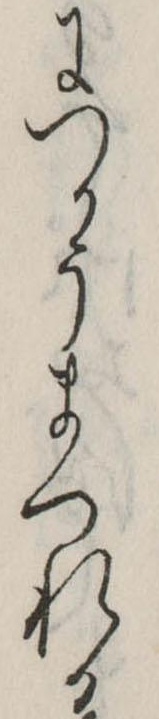
につかうまつれる